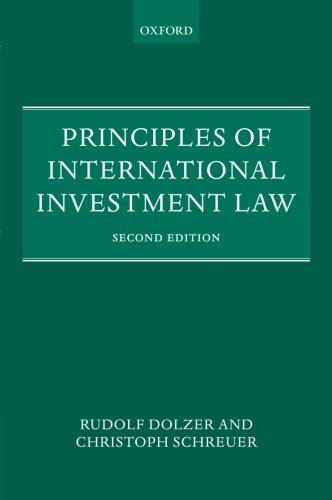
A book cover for Principles of International Investment Law; Rudolf Dolzer; Law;